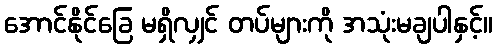
အောင်နိုင်ခြေ မရှိလျှင် တပ်များကို အသုံးမချပါနှင့်။